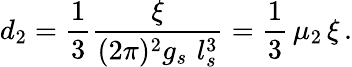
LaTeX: d_{2}={\frac{1}{3}}{\frac{\xi}{(2\pi)^{2}g_{s}\, \, l_{s}^{3}}}={\frac{1}{3}}\, \mu_{2}\, \xi\, .